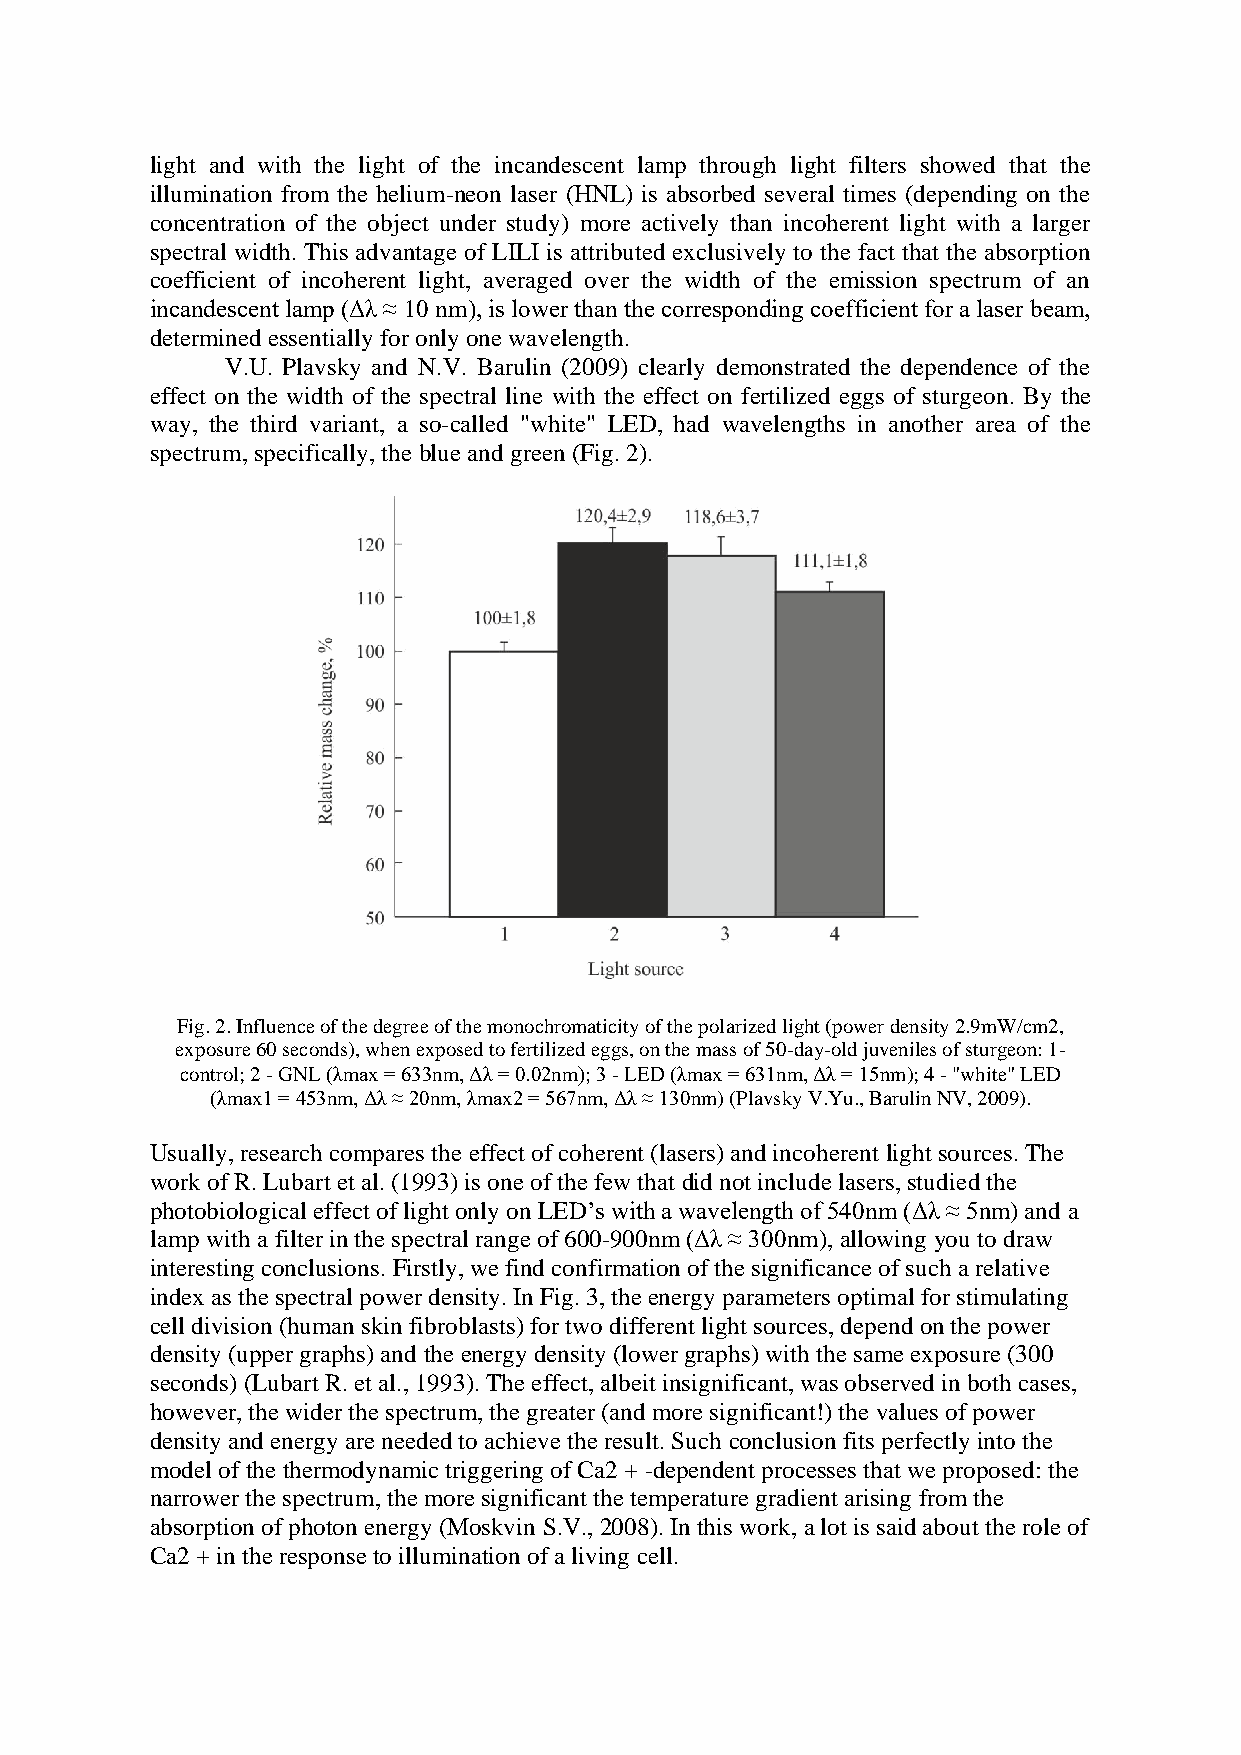
light and with the light of the incandescent lamp through light filters showed that the
 illumination from the helium-neon laser (HNL) is absorbed several times (depending on the
 concentration of the object under study) more actively than incoherent light with a larger
 spectral width. This advantage of LILI is attributed exclusively to the fact that the absorption
 coefficient of incoherent light, averaged over the width of the emission spectrum of an
 incandescent lamp (Δλ ≈ 10 nm), is lower than the corresponding coefficient for a laser beam,
 determined essentially for only one wavelength.
 V.U. Plavsky and N.V. Barulin (2009) clearly demonstrated the dependence of the
 effect on the width of the spectral line with the effect on fertilized eggs of sturgeon. By the
 way, the third variant, a so-called "white" LED, had wavelengths in another area of the
 spectrum, specifically, the blue and green (Fig. 2).
 Fig. 2. Influence of the degree of the monochromaticity of the polarized light (power density 2.9mW/cm2,
 exposure 60 seconds), when exposed to fertilized eggs, on the mass of 50-day-old juveniles of sturgeon: 1-
 control; 2 - GNL (λmax = 633nm, Δλ = 0.02nm); 3 - LED (λmax = 631nm, Δλ = 15nm); 4 - "white" LED
 (λmax1 = 453nm, Δλ ≈ 20nm, λmax2 = 567nm, Δλ ≈ 130nm) (Plavsky V.Yu., Barulin NV, 2009).
 Usually, research compares the effect of coherent (lasers) and incoherent light sources. The
 work of R. Lubart et al. (1993) is one of the few that did not include lasers, studied the
 photobiological effect of light only on LED’s with a wavelength of 540nm (Δλ ≈ 5nm) and a
 lamp with a filter in the spectral range of 600-900nm (Δλ ≈ 300nm), allowing you to draw
 interesting conclusions. Firstly, we find confirmation of the significance of such a relative
 index as the spectral power density. In Fig. 3, the energy parameters optimal for stimulating
 cell division (human skin fibroblasts) for two different light sources, depend on the power
 density (upper graphs) and the energy density (lower graphs) with the same exposure (300
 seconds) (Lubart R. et al., 1993). The effect, albeit insignificant, was observed in both cases,
 however, the wider the spectrum, the greater (and more significant!) the values of power
 density and energy are needed to achieve the result. Such conclusion fits perfectly into the
 model of the thermodynamic triggering of Ca2 + -dependent processes that we proposed: the
 narrower the spectrum, the more significant the temperature gradient arising from the
 absorption of photon energy (Moskvin S.V., 2008). In this work, a lot is said about the role of
 Ca2 + in the response to illumination of a living cell.